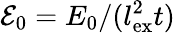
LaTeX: \mathcal{E}_{0}=E_{0}/(l_{\mathrm{ex}}^{2}t)